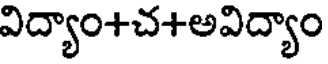
విద్యాం+చ+అవిద్యాం